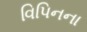
વિપિનના